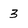
Character: 3